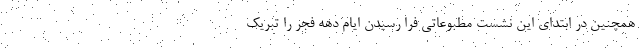
همچنین در ابتدای این نشست مطبوعاتی فرا رسیدن ایام دهه فجر را تبریک